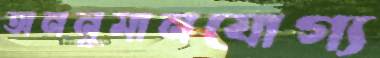
অননুমানযোগ্য